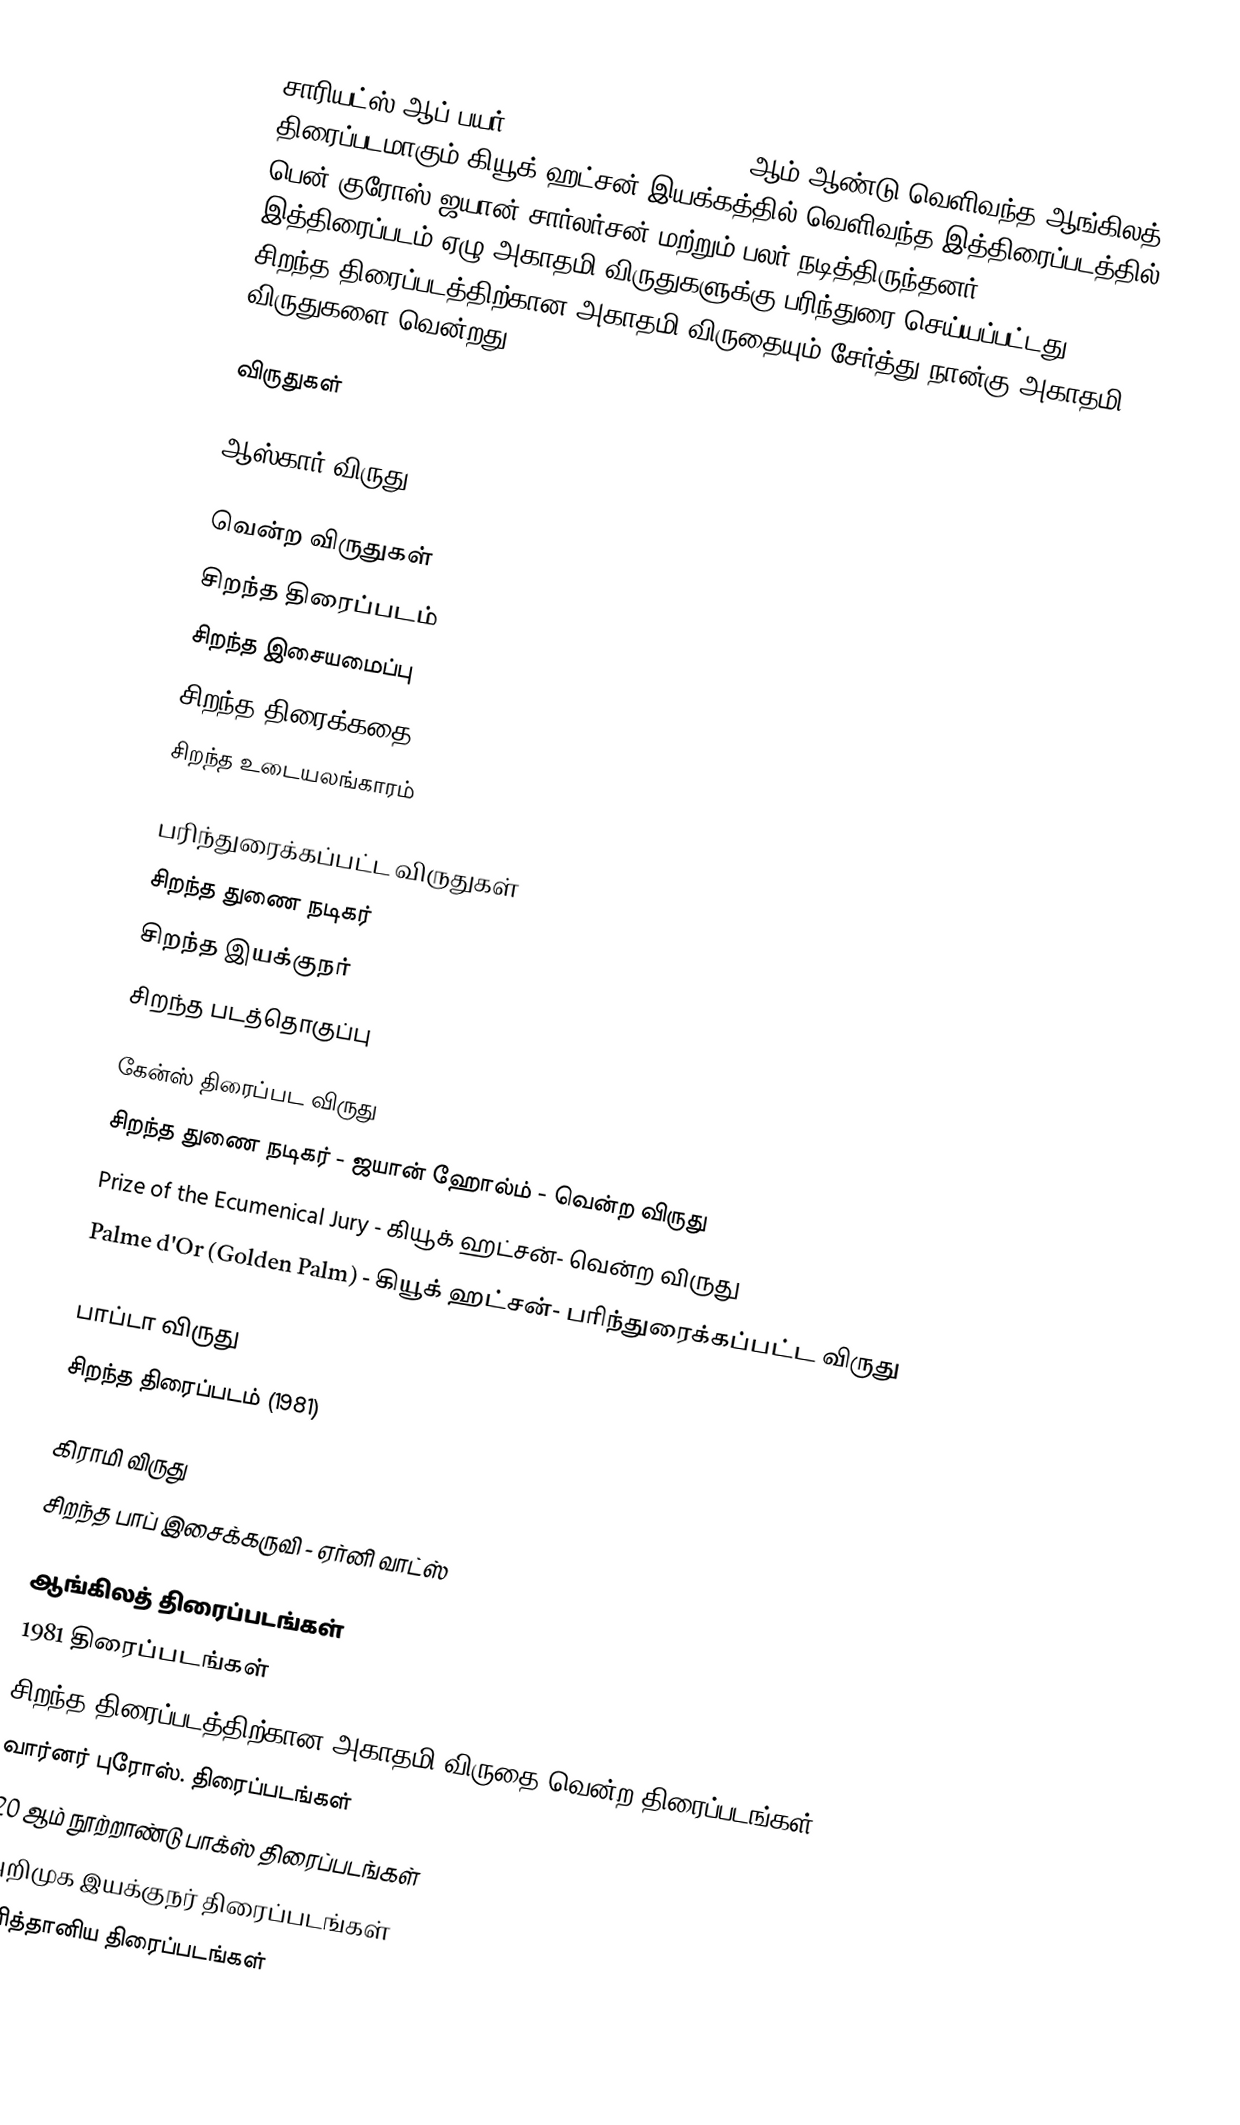
சாரியட்ஸ் ஆப் பயர் (Chariots Of Fire) 1981 ஆம் ஆண்டு வெளிவந்த ஆங்கிலத் திரைப்படமாகும்.கியூக் ஹட்சன் இயக்கத்தில் வெளிவந்த இத்திரைப்படத்தில் பென் குரோஸ்,ஜயான் சார்லர்சன் மற்றும் பலர் நடித்திருந்தனர். இத்திரைப்படம் ஏழு அகாதமி விருதுகளுக்கு பரிந்துரை செய்யப்பட்டது. சிறந்த திரைப்படத்திற்கான அகாதமி விருதையும் சேர்த்து நான்கு அகாதமி விருதுகளை வென்றது

விருதுகள்

ஆஸ்கார் விருது

வென்ற விருதுகள்
 சிறந்த திரைப்படம்
 சிறந்த இசையமைப்பு
 சிறந்த திரைக்கதை
 சிறந்த உடையலங்காரம்

பரிந்துரைக்கப்பட்ட விருதுகள்
 சிறந்த துணை நடிகர்
 சிறந்த இயக்குநர்
 சிறந்த படத்தொகுப்பு

கேன்ஸ் திரைப்பட விருது
 சிறந்த துணை நடிகர் - ஜயான் ஹோல்ம் - வென்ற விருது
 Prize of the Ecumenical Jury - கியூக் ஹட்சன்- வென்ற விருது
 Palme d'Or (Golden Palm) - கியூக் ஹட்சன்- பரிந்துரைக்கப்பட்ட விருது

பாப்டா விருது
 சிறந்த திரைப்படம் (1981)

கிராமி விருது
 சிறந்த பாப் இசைக்கருவி - ஏர்னி வாட்ஸ்

ஆங்கிலத் திரைப்படங்கள்
1981 திரைப்படங்கள்
சிறந்த திரைப்படத்திற்கான அகாதமி விருதை வென்ற திரைப்படங்கள்
வார்னர் புரோஸ். திரைப்படங்கள்
20 ஆம் நூற்றாண்டு பாக்ஸ் திரைப்படங்கள்
அறிமுக இயக்குநர் திரைப்படங்கள்
பிரித்தானிய திரைப்படங்கள்